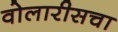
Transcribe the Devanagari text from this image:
वोलारीसचा